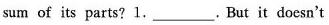
sum of its parts?1.___,But it doesn't